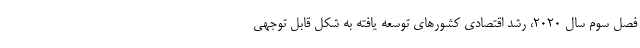
فصل سوم سال ۲۰۲۰، رشد اقتصادی کشورهای توسعه یافته به شکل قابل توجهی